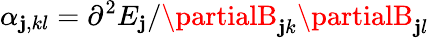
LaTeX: \alpha_{\mathbf{j},kl}=\partial^{2}E_{\mathbf{j}}/\partialB_{\mathbf{j}k}\partialB_{\mathbf{j}l}